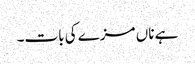
ہے ناں مزے کی بات۔